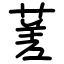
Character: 蒫